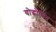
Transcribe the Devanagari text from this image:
योद्धोचित